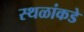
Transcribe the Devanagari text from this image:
स्थळांकडे